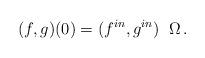
LaTeX: \begin{align*}(f,g)(0) = (f^{in},g^{in}) \;\; \Omega\,. \end{align*}